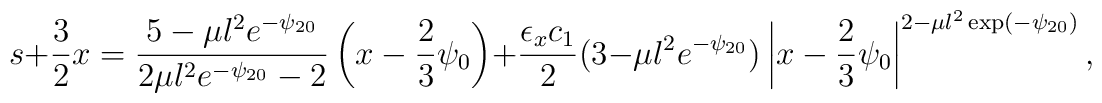
s+\frac{3}{2}x=\frac{5-\mu l^2 e^{-\psi_{20}}}{2 \mu l^2 e^{-\psi_{20}}-2}\left(x-\frac{2}{3}\psi_0\right)+\frac{\epsilon_x c_1}{2} (3-\mu l^2 e^{-\psi_{20}})\left|x-\frac{2}{3}\psi_0\right|^{2-\mu l^2 \exp(-\psi_{20})} ,